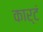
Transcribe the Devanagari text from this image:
कार्टं